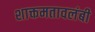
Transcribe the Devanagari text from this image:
शाक्तमतावलंबी